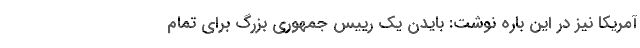
آمریکا نیز در این باره نوشت: بایدن یک رییس جمهوری بزرگ برای تمام